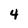
Character: 4